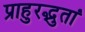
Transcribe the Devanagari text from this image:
प्राहुरद्भुतां